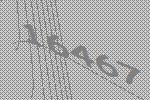
16467